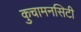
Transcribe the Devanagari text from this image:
कुचामनसिटी